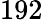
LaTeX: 192